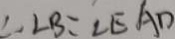
\therefore \angle B = \angle E A D